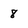
Character: 8